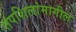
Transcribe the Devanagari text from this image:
तपशिलांमागील